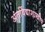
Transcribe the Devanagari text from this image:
अंतर्विद्याशाखीय